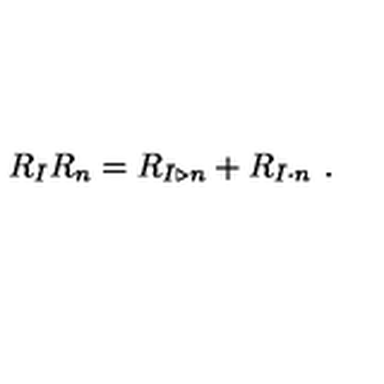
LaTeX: R _ { I } R _ { n } = R _ { I \triangleright n } + R _ { I \cdot n } \ .